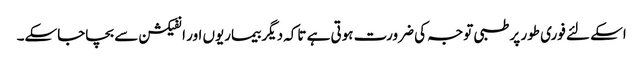
اسکے لئے فوری طور پر طبی توجہ کی ضرورت ہوتی ہے تاکہ دیگر بیماریوں اور انفیکشن سے بچاجاسکے۔